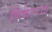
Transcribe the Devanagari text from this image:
क्रिकेटरचा